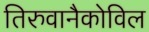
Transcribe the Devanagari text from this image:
तिरुवानैकोविल